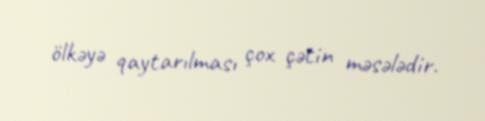
ölkəyə qaytarılması çox çətin məsələdir.